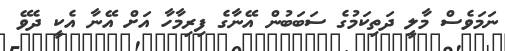
ނަމަވެސް މާލީ ދަތިކަމުގެ ސަބަބުން އޭނާގެ ފިރިމާހާ އަށް އޭނާ އެކީ ދެވޭ